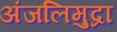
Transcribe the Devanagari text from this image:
अंजलिमुद्रा